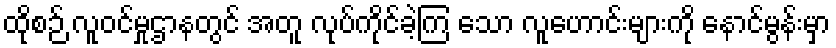
ထိုစဉ် လူဝင်မှုဌာနတွင် အတူ လုပ်ကိုင်ခဲ့ကြ သော လူဟောင်းများကို နောင်မွန်းမှာ